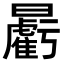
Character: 𣌉